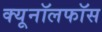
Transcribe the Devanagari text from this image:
क्यूनॉलफॉस